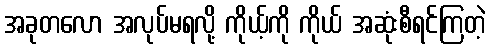
အခုတလော အလုပ်မရလို့ ကိုယ့်ကို ကိုယ် အဆုံးစီရင်ကြတဲ့